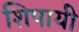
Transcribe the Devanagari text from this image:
शिपायी